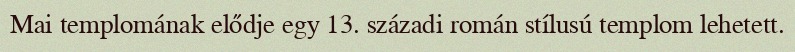
Mai templomának elődje egy 13. századi román stílusú templom lehetett.